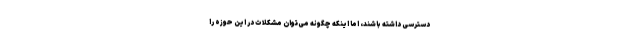
دسترسی داشته باشند، اما اینکه چگونه می‌توان مشکلات در این حوزه را